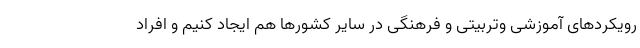
رویکردهای آموزشی وتربیتی و فرهنگی در سایر کشورها هم ایجاد کنیم و افراد